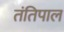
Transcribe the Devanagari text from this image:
तंतिपाल